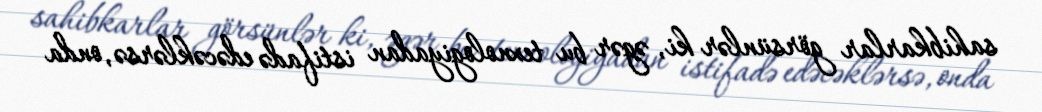
sahibkarlar görsünlər ki, əgər bu texnologiyadan istifadə edəcəklərsə, onda